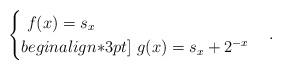
LaTeX: \begin{align*}\begin{cases}\ f(x) = s_x \\begin{align*}3pt]\ g(x) = s_x + 2^{-x}\end{cases}.\end{align*}